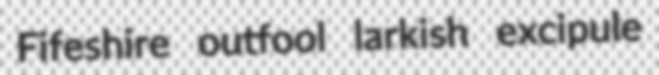
Fifeshire outfool larkish excipule